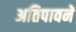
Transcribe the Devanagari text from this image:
अतिपावनें